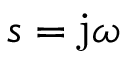
s = \mathrm { j } \omega